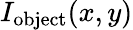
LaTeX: I_{\textrm{object}}(x,y)